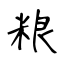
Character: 粮